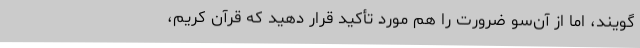
گویند، اما از آن‌سو ضرورت را هم مورد تأکید قرار دهید که قرآن کریم،